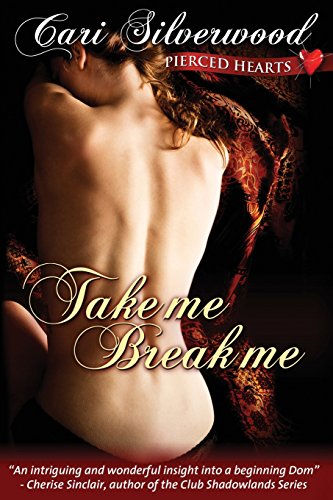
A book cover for Take Me, Break Me (Pierced Hearts) (Volume 1); Cari Silverwood; Romance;